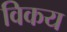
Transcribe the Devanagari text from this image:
विकय